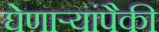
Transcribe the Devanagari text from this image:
घेणाऱ्यांपैकी